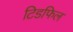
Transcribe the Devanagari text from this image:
टिडफिल